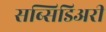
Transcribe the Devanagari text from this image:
सब्सिडिअरी